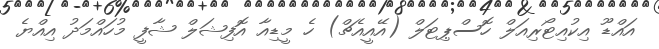
އައްޑޫ އިކުއިޓޯރިއަލް ހޮސްޕިޓަލް (އޭއީއެޗް) ހެ މީޑިއާ އޮފިޝަލް ޝާފީ މުހައްމަދު އިއްޔެ